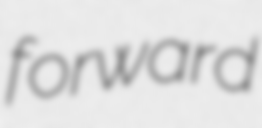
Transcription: forward